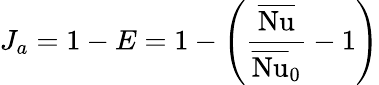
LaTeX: J_{a}=1-E=1-\left(\frac{\overline{{\mathrm{Nu}}}}{\overline{{\mathrm{Nu}}}_{\mathrm{0}}}-1\right)